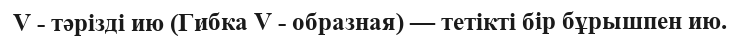
V - тәрізді ию (Гибка V - образная) — тетікті бір бұрышпен ию.